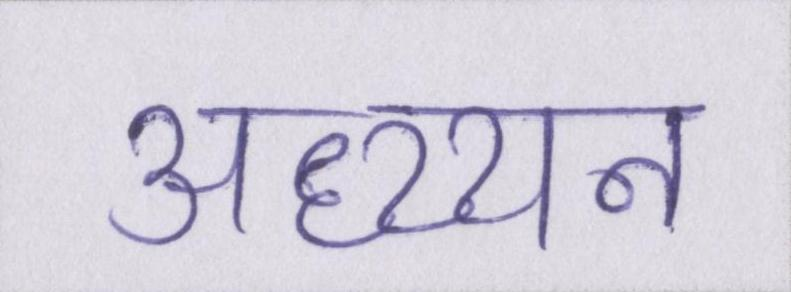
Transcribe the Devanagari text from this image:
अध्य्यन